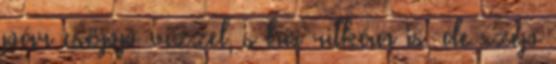
pár csöpp vízzel, s ha ritkán is, de szép